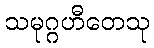
သမုဂ္ဂဟီတေသု